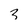
Character: 3